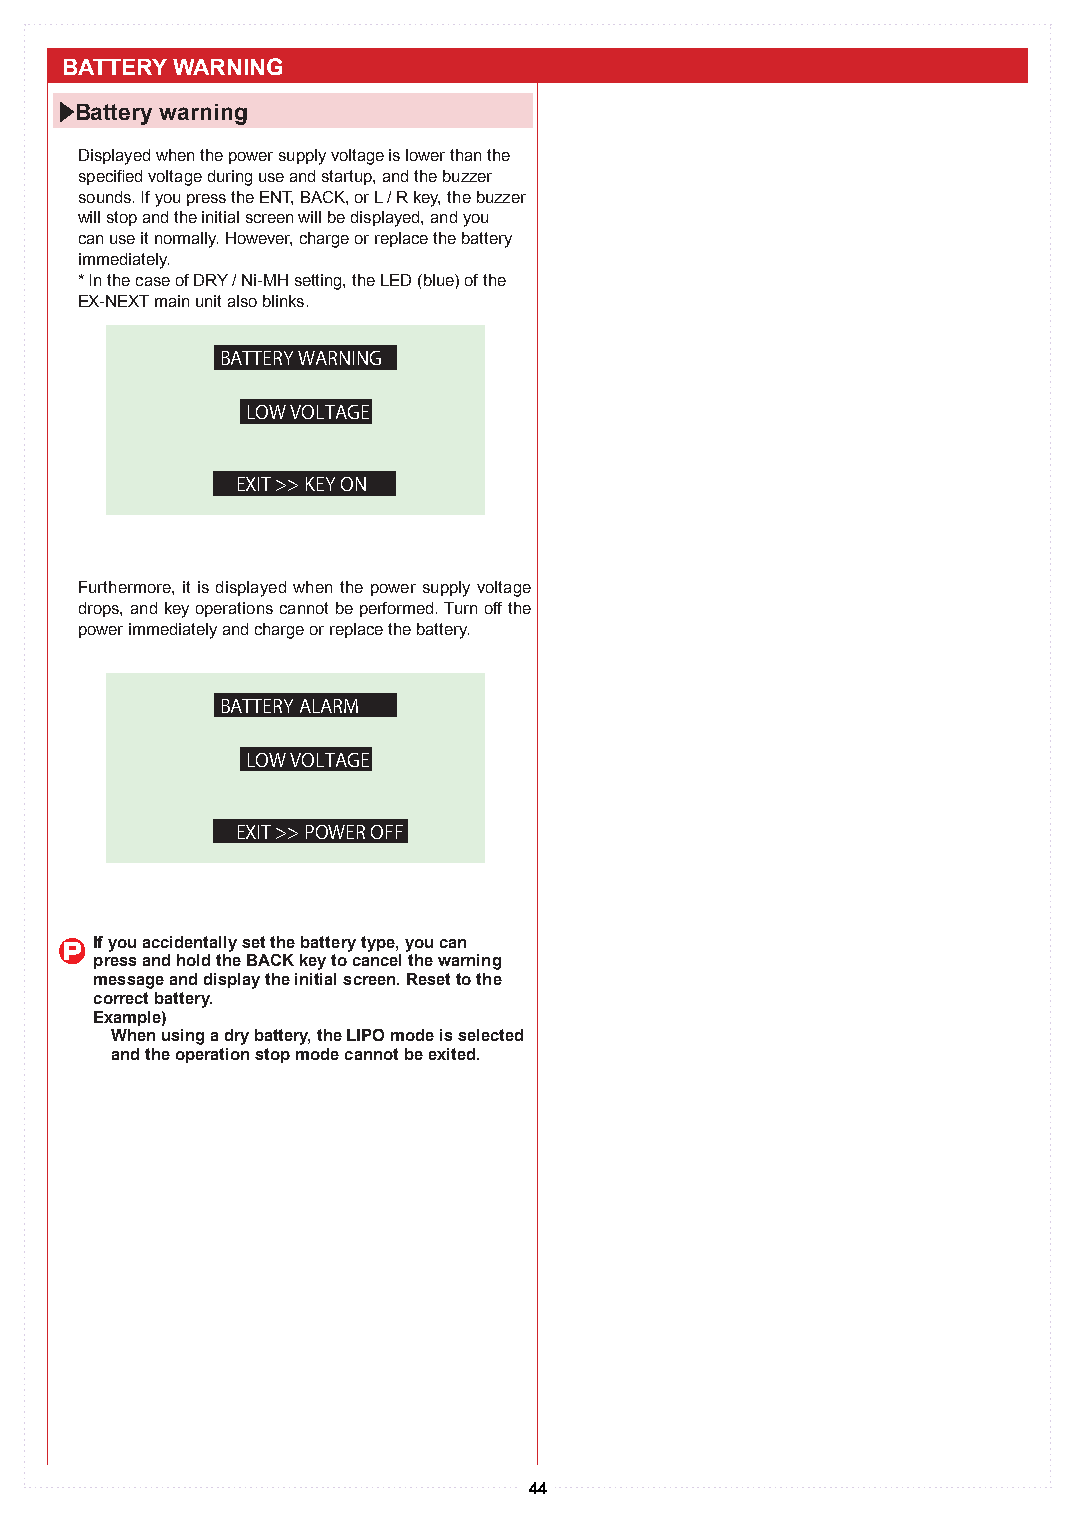
BATTERY WARNING
 Battery warning
 Displayed when the power supply voltage is lower than the
 specified voltage during use and startup, and the buzzer
 sounds. If you press the ENT, BACK, or L / R key, the buzzer
 will stop and the initial screen will be displayed, and you
 can use it normally. However, charge or replace the battery
 immediately.
 * In the case of DRY / Ni-MH setting, the LED (blue) of the
 EX-NEXT main unit also blinks.
 BATTERY WARNING
 LOW VOLTAGE
 EXIT >> KEY ON
 Furthermore, it is displayed when the power supply voltage
 drops, and key operations cannot be performed. Turn off the
 power immediately and charge or replace the battery.
 BATTERY ALARM
 LOW VOLTAGE
 EXIT >> POWER OFF
 P If you accidentally set the battery type, you can
 press and hold the BACK key to cancel the warning
 message and display the initial screen. Reset to the
 correct battery.
 Example)
 When using a dry battery, the LIPO mode is selected
 and the operation stop mode cannot be exited.
 44